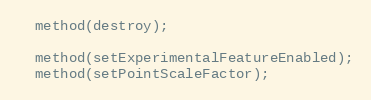
Language: C++
  method(destroy);

  method(setExperimentalFeatureEnabled);
  method(setPointScaleFactor);